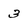
Character: 3